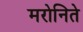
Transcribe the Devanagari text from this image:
मरोनिते